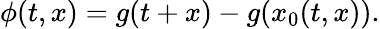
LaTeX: \phi(t,x)=g(t+x)-g(x_{0}(t,x)).